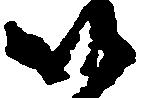
以